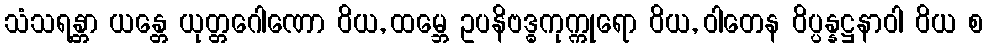
သံသရန္တာ ယန္တေ ယုတ္တဂေါဏော ဝိယ, ထမ္ဘေ ဥပနိဗဒ္ဓကုက္ကုရော ဝိယ, ဝါတေန ဝိပ္ပန္နဋ္ဌနာဝါ ဝိယ စ